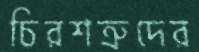
চিরশত্রুদের